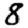
Digit: 8